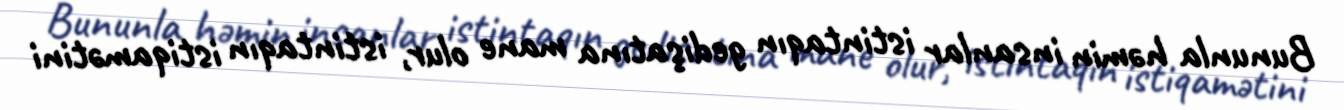
Bununla həmin insanlar istintaqın gedişatına mane olur, istintaqın istiqamətini